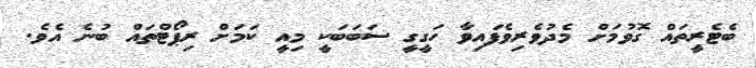
ބެޓެރީތައް ގޮވުމަށް މެދުވެރިވެފައިވާ ހަގީގީ ސަބަބަކީ މިއީ ކަމަށް ރިޕޯޓްތައް ބުނެ އެވެ.